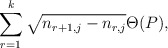
\begin{align*}\sum_{r=1}^k \sqrt{n_{r+1,j} - n_{r,j}} \Theta(P),\end{align*}